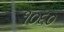
૧૦૬૦